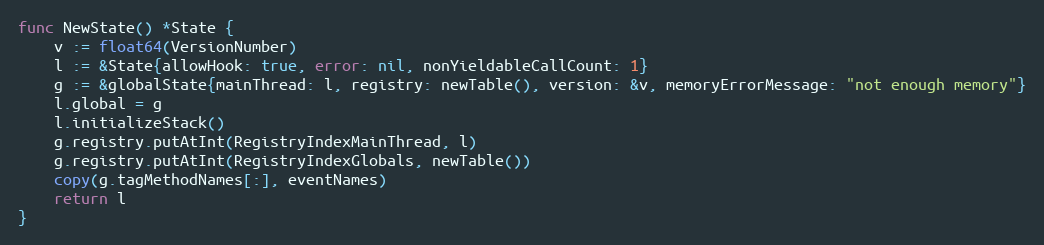
Language: Go
func NewState() *State {
	v := float64(VersionNumber)
	l := &State{allowHook: true, error: nil, nonYieldableCallCount: 1}
	g := &globalState{mainThread: l, registry: newTable(), version: &v, memoryErrorMessage: "not enough memory"}
	l.global = g
	l.initializeStack()
	g.registry.putAtInt(RegistryIndexMainThread, l)
	g.registry.putAtInt(RegistryIndexGlobals, newTable())
	copy(g.tagMethodNames[:], eventNames)
	return l
}